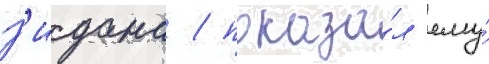
з'идана / показа́л ему́